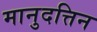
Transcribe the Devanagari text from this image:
मानुदत्तिन